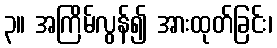
၃။ အကြိမ်လွန်၍ အားထုတ်ခြင်း၊